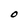
Character: 0